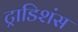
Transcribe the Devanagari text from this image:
ट्राडिशंस